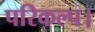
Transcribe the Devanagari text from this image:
परिकल्प।